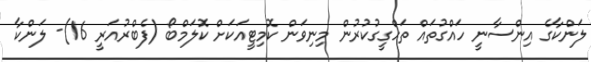
ލަންކާގެ އިންސާނީ ހައްގުތައް ތަހްގީގުކުރުން މިނިވަން ކޮމިޓީއަކަށް ކޮލަމްބޯ (ފެބްރުއަރީ 16)- ލަންކާ